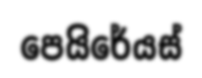
පෙයිරේයස්